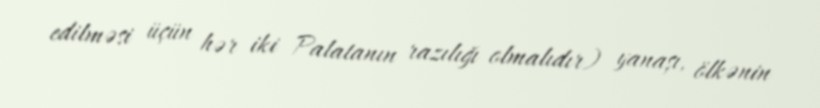
edilməsi üçün hər iki Palatanın razılığı olmalıdır) yanaşı, ölkənin